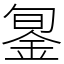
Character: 銞